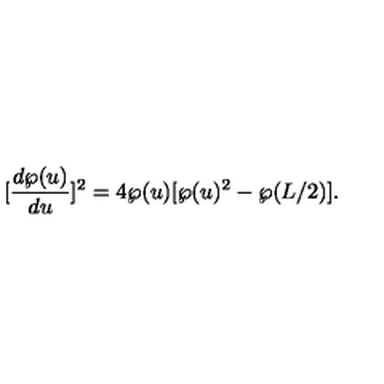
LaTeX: [ \frac { d \wp ( u ) } { d u } ] ^ { 2 } = 4 \wp ( u ) [ \wp ( u ) ^ { 2 } - \wp ( L / 2 ) ] .